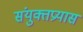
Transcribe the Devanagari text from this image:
संयुक्तप्रयास